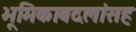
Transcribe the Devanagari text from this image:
भूमिकाबदलांसह